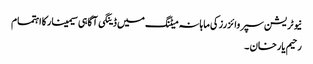
نیوٹریشن سپروائزرزکی ماہانہ میٹنگ میں ڈینگی آگاہی سیمینارکااہتمام
رحیم یارخان ۔